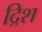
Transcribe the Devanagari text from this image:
द्रिश